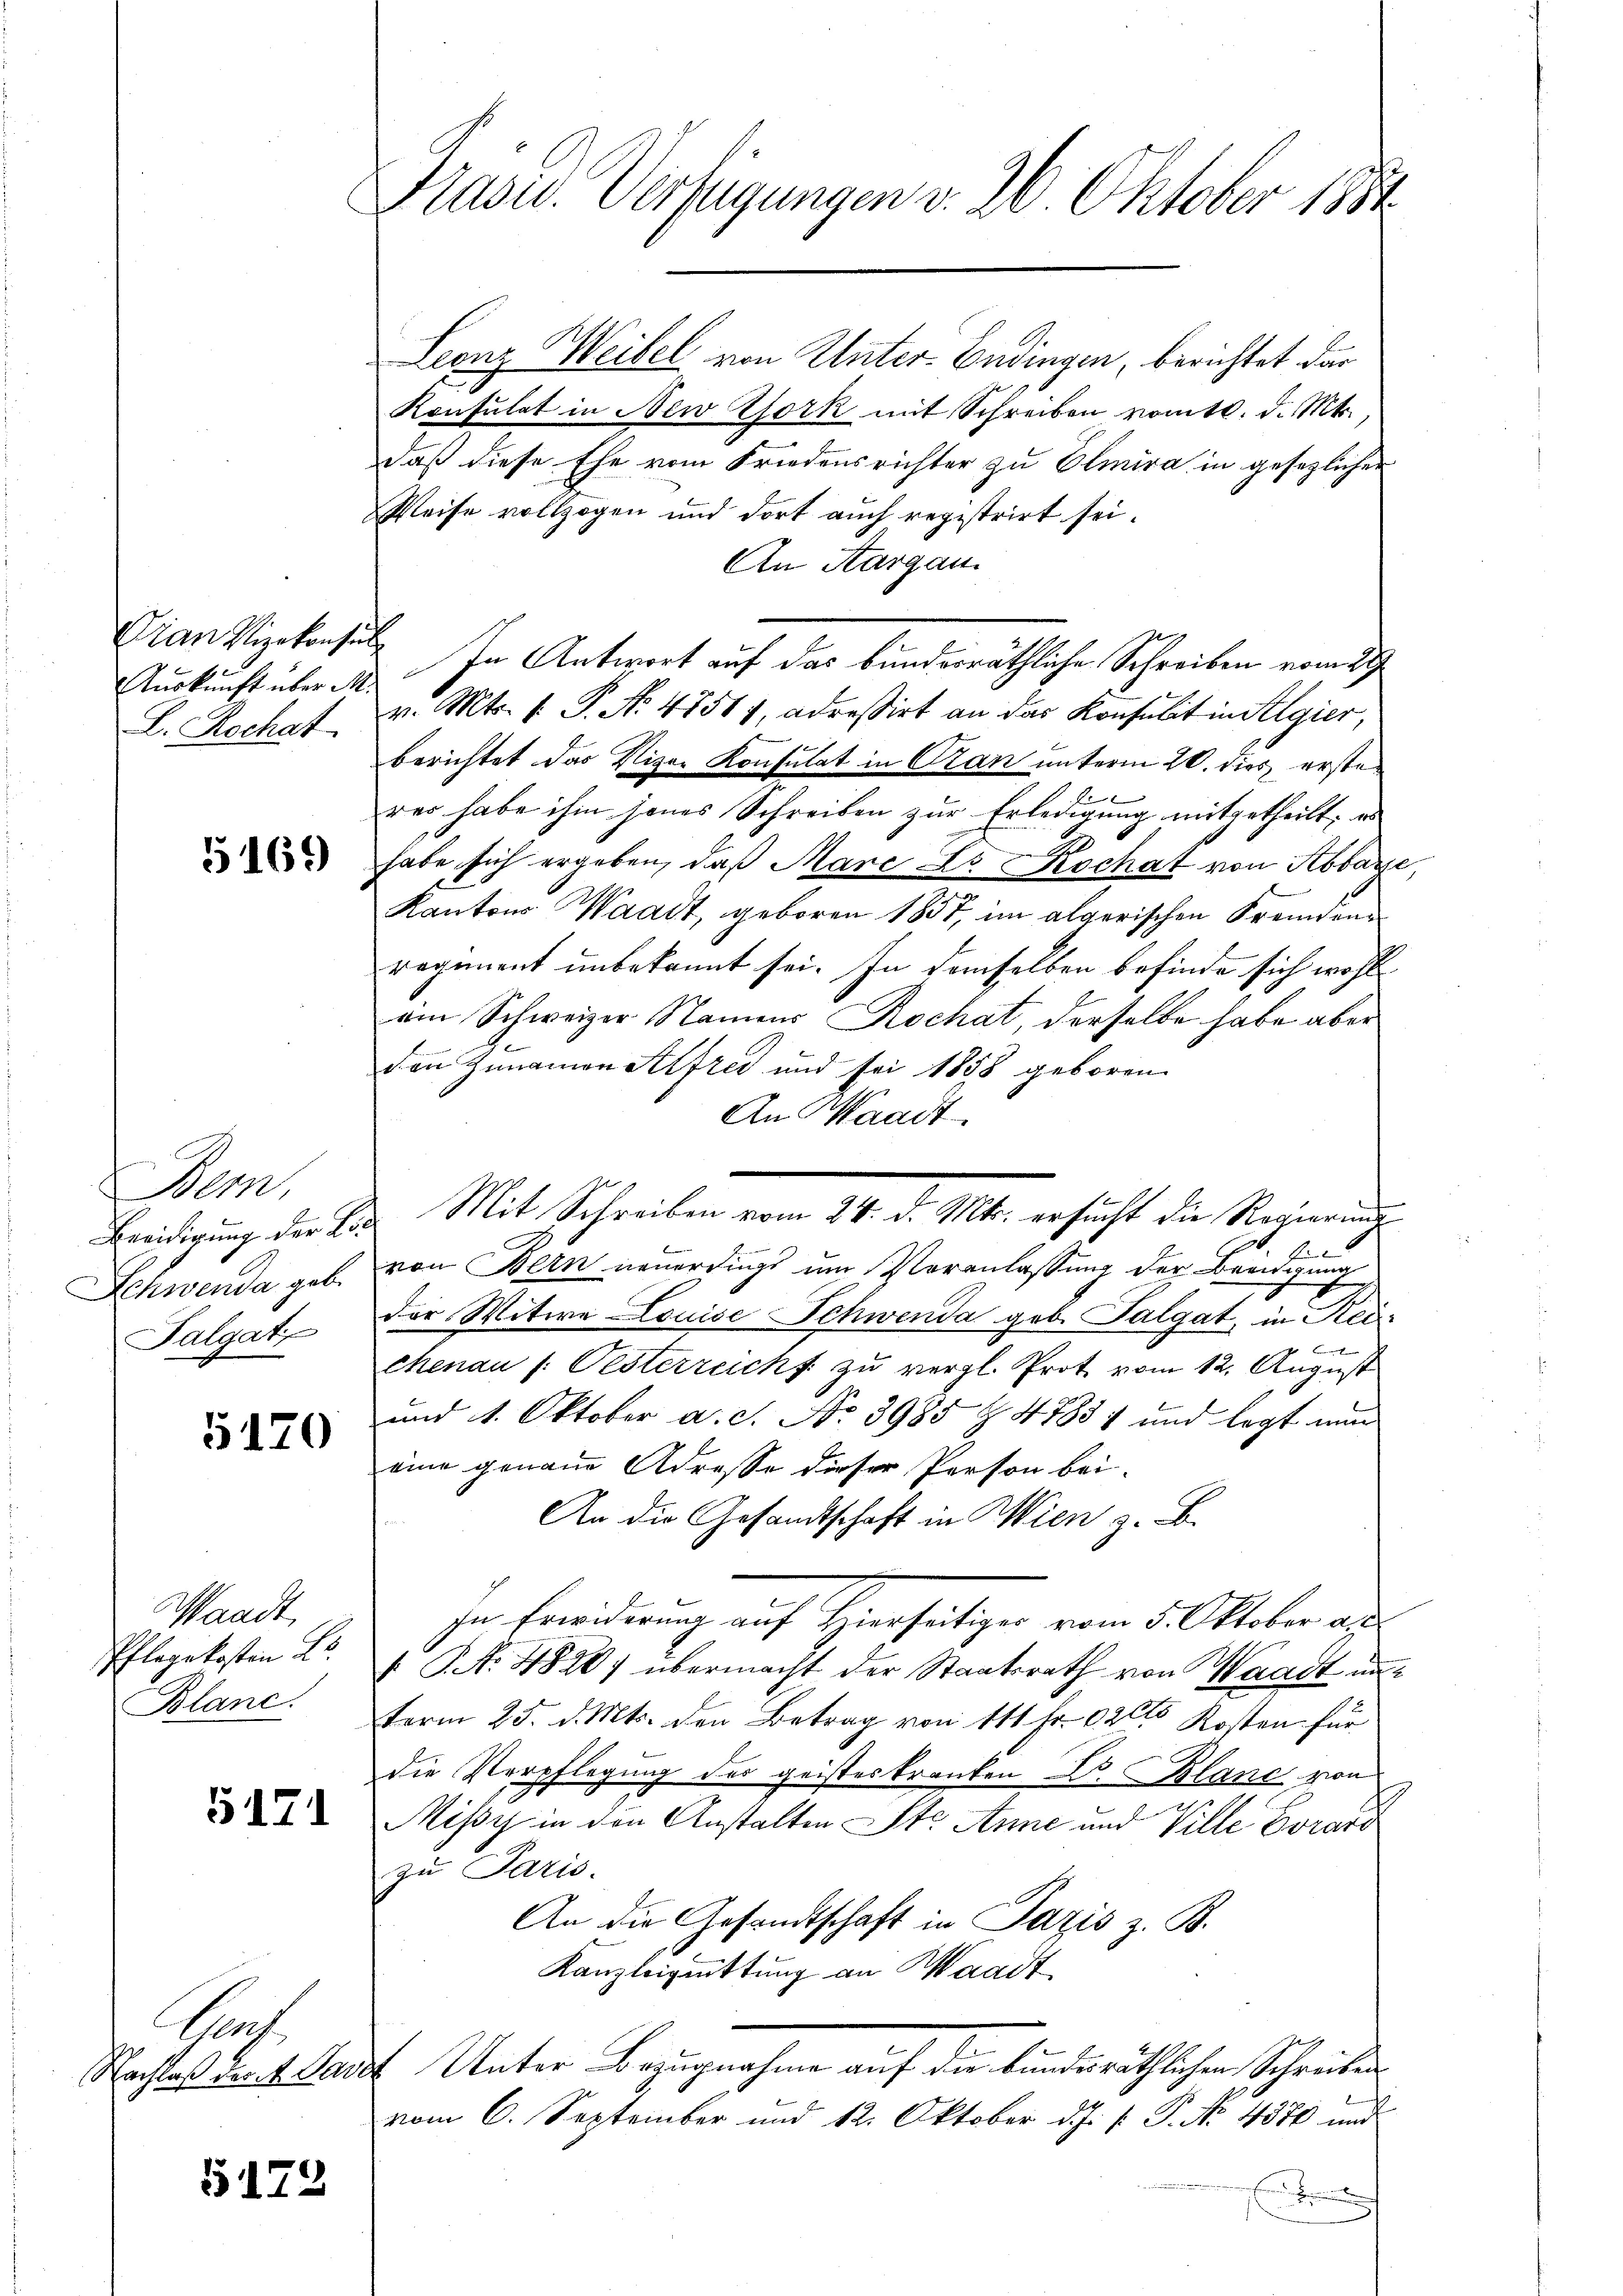
Dan Vizekonsul
Auskunft über M.
E. Rochat

5169

Bem,
Beeidigung der Lic
Schwenda geb.
Talgati

5120

Waadt,
Pflegekosten L.
Blane.

5171

Hch.
Nachlaß des 4. Dave

5172

Pasis. Verfügungen v. 26 Oktober 1881

Leonz Weibel von Unter-Endingen, berichtet dar
Konsulat in New York mit Schreiben vom 10. d. Mts.
daß diese Ehe vom Friedensrichter zu Elmira in gesezlicher
Weise vollzogen und dort auch registrirt sei.
An Aargau.
In Antwort auf das bunderräthliche Schreiben vom 29
v. Mts. 1. P. Nr. 47511, adressirt an das Konsulit in Algier,
berichtet das Vizer Konsulat in Gran unterm 20. dies erste
A
rer habe ihm jenes Schreiben zur Erledigung mitgetheilt; es
habe sich ergeben, daß Mare s. Rochat von Abbare,
Kantons Waadt, geboren 1857, im algerischen Fremdenregiment unbekannt sei. In demselben befinde sich wohl
am Schweizer Namens Rochat, derselbe habe aber
den Zunamen Alfred und sei 1858 geboren.
An Waadt
.
von Bern neuerdings um Veranlassung der Beeidigung
der Witwe Louise Schwenda geb. Talgat, in Rei¬
 xx
chenau (: Pesterreicht zu vergl. Prot vom 12. August
und 4. Oktober a.c. No. 3985 & 47837 und legt nur
eine genaue Adresse dieser Person bei-
An die Gesandtschaft in Wien z. B.
zu Erwiderung auf Hierseitiger vom 5. Oktober an
 No 4840) übermacht der Staatsrath von Waadt un
term 25. d. Mts. den Betrag von 111 Fr. 1020 Kosten für
die Verpflegung des geisteskranken v. Plane von
Mißy in den Anstalten St. Anne und Ville Corard
zu Paris.
An die Gesandtschaft in Pazis z. B.
Kanzleiguittung an Waadt
 Unter Bezugnahme auf die bundesräthlichen Schreiben
vom 6. September und 12. Oktober d. J. P. P. No. 4376 und
E

Mit Schreiben vom 24. d. Mts. ersucht die Regierung